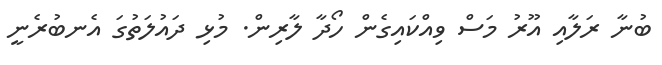
ބުނާ ރަލާއި އޫރު މަސް ވިއްކައިގެން ހޯދާ ލާރިން. މުޅި ދައުލަތުގަ އެނބުރެނީ